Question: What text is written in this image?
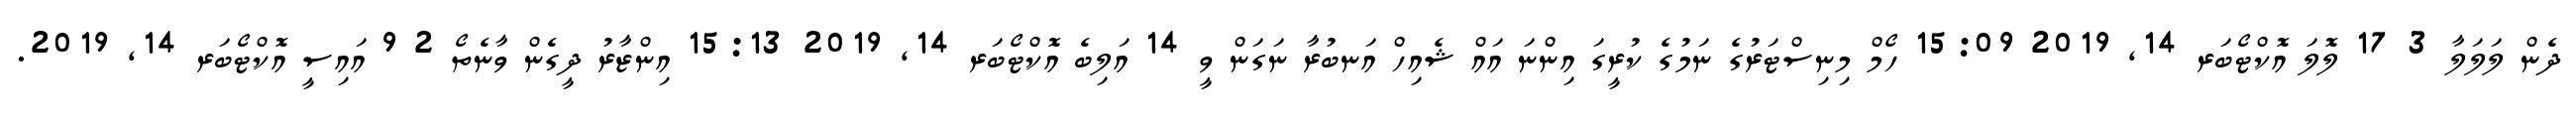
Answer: ދެން ލަލަލާ 3 17 ލޮލަ އޮކްޓޯބަރ 14, 2019 15:09 ހޯމް މިނިސްޓަރުގެ ނަމުގެ ކުރީގަ އިންނަ އައް ޝެއިހް އަނބުރާ ނަގަން ވީ 14 އަލިބެ އޮކްޓޯބަރ 14, 2019 15:13 އިންޒާރު ދީގެން ވާނެތޯ 2 9 އައިސީ އޮކްޓޯބަރ 14, 2019.